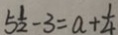
5 \frac { 1 } { 2 } - 3 = a + \frac { 1 } { 4 }